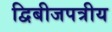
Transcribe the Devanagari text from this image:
द्विबीजपत्रीय